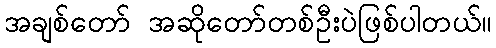
အချစ်တော် အဆိုတော်တစ်ဦးပဲဖြစ်ပါတယ်။